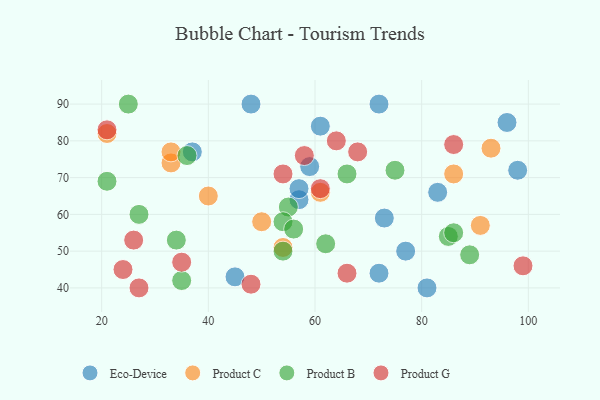
{"axis": {"x": "GDP", "y": "Life Expectancy"}, "legend": ["Eco-Device", "Product B", "Product C", "Product G"], "data": [{"x": "72", "y": 44, "type": "Eco-Device"}, {"x": "37", "y": 77, "type": "Eco-Device"}, {"x": "72", "y": 90, "type": "Eco-Device"}, {"x": "45", "y": 43, "type": "Eco-Device"}, {"x": "96", "y": 85, "type": "Eco-Device"}, {"x": "73", "y": 59, "type": "Eco-Device"}, {"x": "57", "y": 64, "type": "Eco-Device"}, {"x": "61", "y": 84, "type": "Eco-Device"}, {"x": "83", "y": 66, "type": "Eco-Device"}, {"x": "77", "y": 50, "type": "Eco-Device"}, {"x": "48", "y": 90, "type": "Eco-Device"}, {"x": "98", "y": 72, "type": "Eco-Device"}, {"x": "57", "y": 67, "type": "Eco-Device"}, {"x": "81", "y": 40, "type": "Eco-Device"}, {"x": "59", "y": 73, "type": "Eco-Device"}, {"x": "61", "y": 66, "type": "Product C"}, {"x": "40", "y": 65, "type": "Product C"}, {"x": "33", "y": 74, "type": "Product C"}, {"x": "93", "y": 78, "type": "Product C"}, {"x": "54", "y": 51, "type": "Product C"}, {"x": "33", "y": 77, "type": "Product C"}, {"x": "86", "y": 71, "type": "Product C"}, {"x": "21", "y": 82, "type": "Product C"}, {"x": "91", "y": 57, "type": "Product C"}, {"x": "50", "y": 58, "type": "Product C"}, {"x": "21", "y": 69, "type": "Product B"}, {"x": "34", "y": 53, "type": "Product B"}, {"x": "27", "y": 60, "type": "Product B"}, {"x": "25", "y": 90, "type": "Product B"}, {"x": "75", "y": 72, "type": "Product B"}, {"x": "62", "y": 52, "type": "Product B"}, {"x": "55", "y": 62, "type": "Product B"}, {"x": "35", "y": 42, "type": "Product B"}, {"x": "54", "y": 58, "type": "Product B"}, {"x": "54", "y": 50, "type": "Product B"}, {"x": "85", "y": 54, "type": "Product B"}, {"x": "66", "y": 71, "type": "Product B"}, {"x": "36", "y": 76, "type": "Product B"}, {"x": "56", "y": 56, "type": "Product B"}, {"x": "86", "y": 55, "type": "Product B"}, {"x": "89", "y": 49, "type": "Product B"}, {"x": "54", "y": 71, "type": "Product G"}, {"x": "27", "y": 40, "type": "Product G"}, {"x": "35", "y": 47, "type": "Product G"}, {"x": "48", "y": 41, "type": "Product G"}, {"x": "21", "y": 83, "type": "Product G"}, {"x": "66", "y": 44, "type": "Product G"}, {"x": "58", "y": 76, "type": "Product G"}, {"x": "99", "y": 46, "type": "Product G"}, {"x": "86", "y": 79, "type": "Product G"}, {"x": "61", "y": 67, "type": "Product G"}, {"x": "64", "y": 80, "type": "Product G"}, {"x": "68", "y": 77, "type": "Product G"}, {"x": "26", "y": 53, "type": "Product G"}, {"x": "24", "y": 45, "type": "Product G"}]}